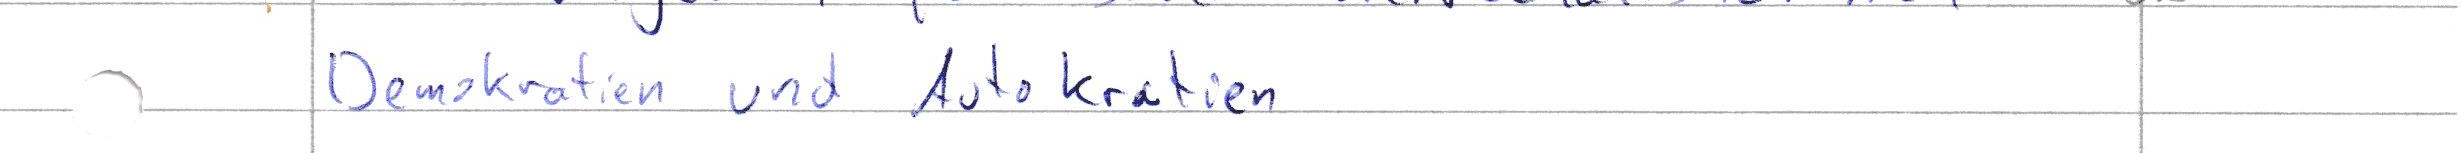
Demokratien und Autokratien